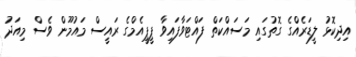
އިދިކޮޅު ލީޑަރެއްގެ ގޮތުގައި މަސައްކަތް ފައްޓަވާފައިވާ ޕީޕީއެމްގެ ރައީސް މައުމޫން ވެސް މިއަދު